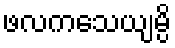
ဖလကသေယျမ္ပိ